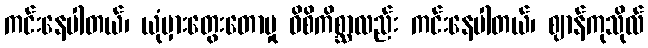
ကင်းနေပါတယ်၊ ယုံမှားတွေးတောမှု ဝိစိကိစ္ဆာလည်း ကင်းနေပါတယ်၊ ဈာန်ကုသိုလ်